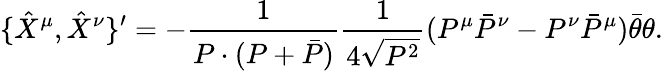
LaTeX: \{ \hat{X}^{\mu},\hat{X}^{\nu}\} ^{\prime}=-\frac{1}{P\cdot(P+\bar{P})}\frac{1}{4\sqrt{P^{2}}}(P^{\mu}\bar{P}^{\nu}-P^{\nu}\bar{P}^{\mu})\bar{\theta}\theta.